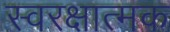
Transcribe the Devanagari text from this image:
स्वरक्षात्मक